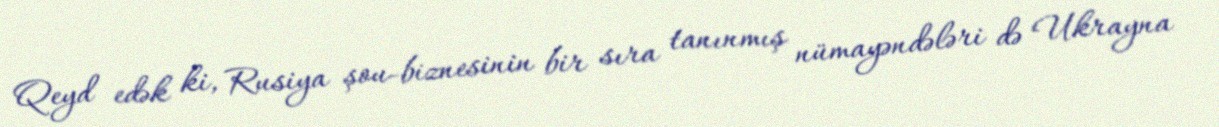
Qeyd edək ki, Rusiya şou-biznesinin bir sıra tanınmış nümayəndələri də Ukrayna